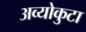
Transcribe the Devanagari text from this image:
अव्योकुटा